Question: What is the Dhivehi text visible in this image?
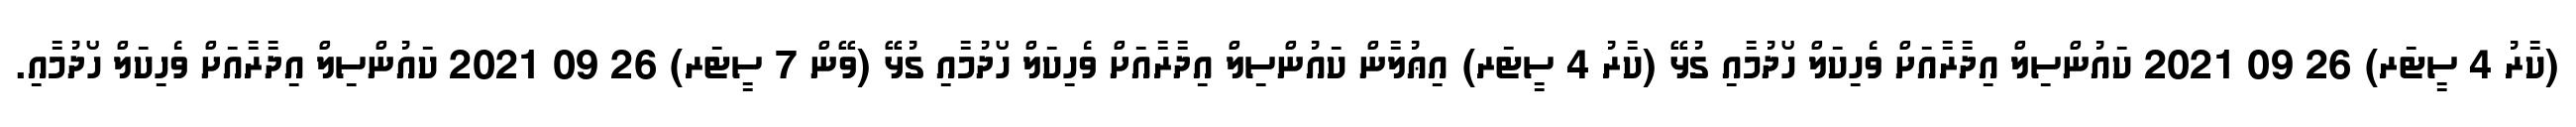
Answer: (ކާރު 4 ސީޓަރ) 26 09 2021 ކައުންސިލް އިދާރާއަށް ވެހިކަލް ހޯދުމާއި ގުޅޭ (ކާރު 4 ސީޓަރ) އިޢުލާން ކައުންސިލް އިދާރާއަށް ވެހިކަލް ހޯދުމާއި ގުޅޭ (ވޭން 7 ސީޓަރ) 26 09 2021 ކައުންސިލް އިދާރާއަށް ވެހިކަލް ހޯދުމާއި.